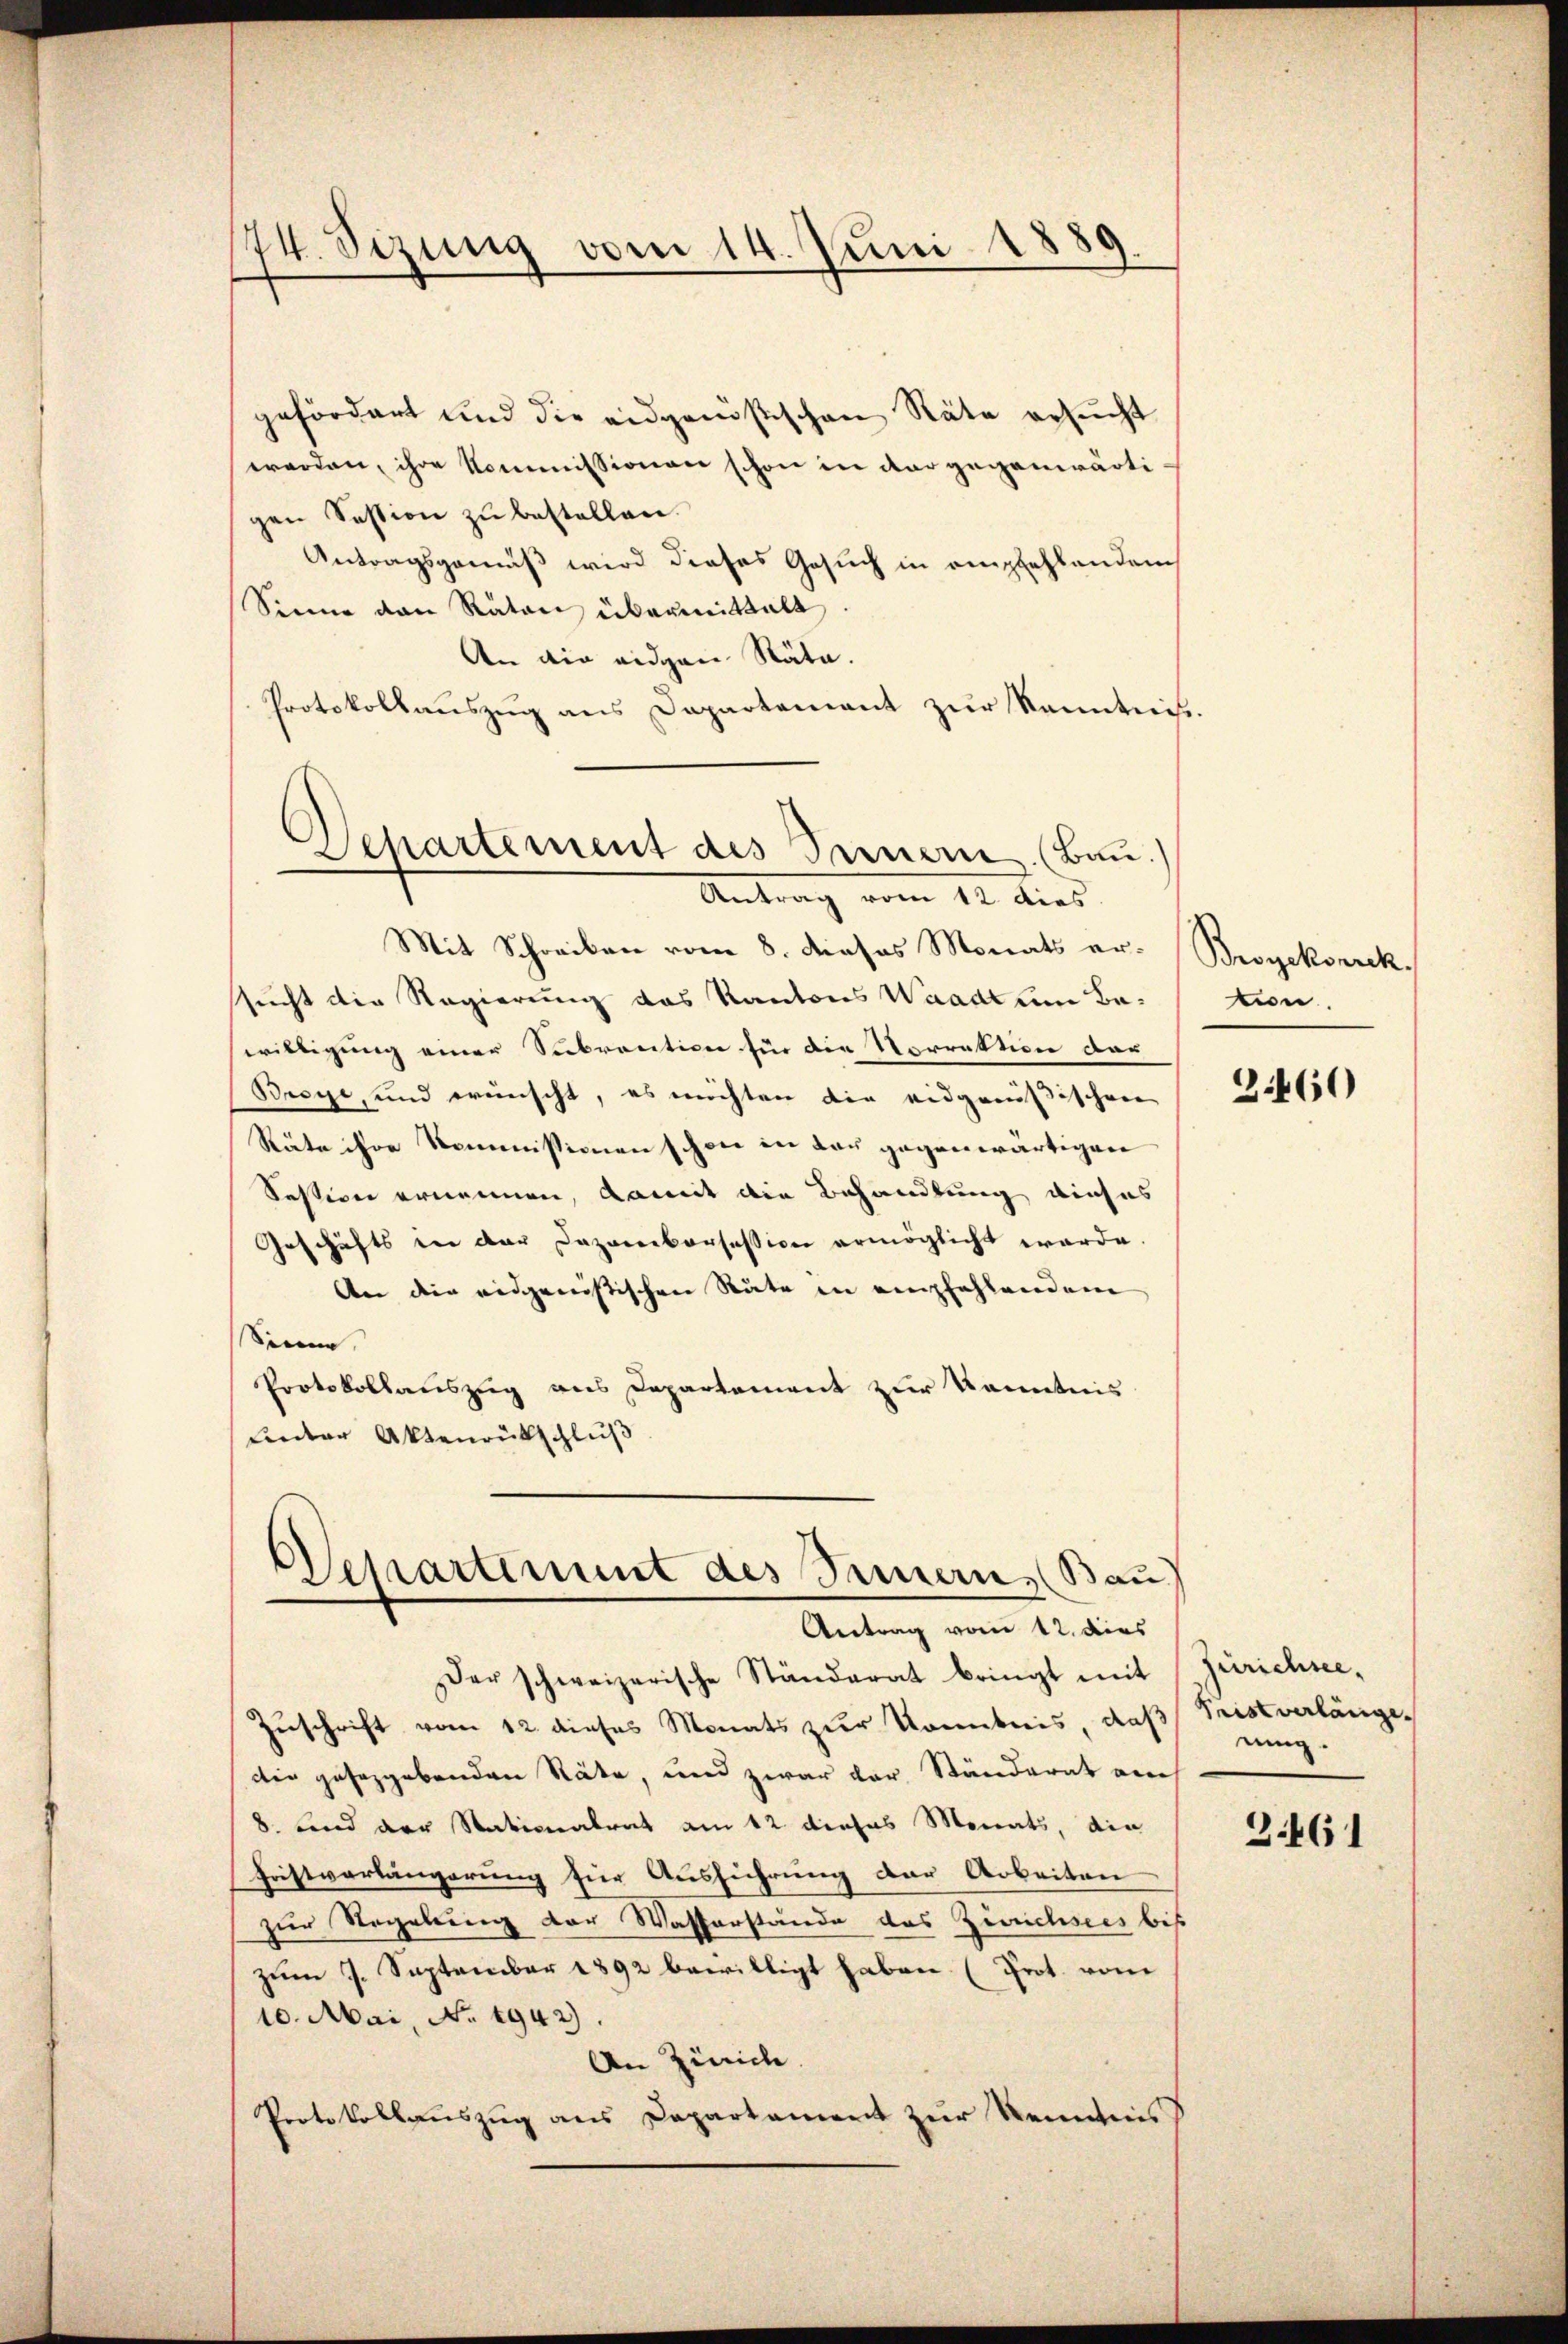
174. Sezung vom 14. Juni 1880

gefördert und die eidgenößischen Räte ersucht
werden, ihre Kommissionen schon in dar gegenwärtigen Session zu bestellen.
Antragsgemäß wird dieses Gesuch in empfehlenden
Sinne von Räten übermittalt
An die eidgen Räte.
Protokollauszug aus Dapartement zur Kenntnis.
Mit Schreiben vom 8. dieses Monats er-Broyeksnrck.
sucht die Regierung des Kantons Waadt um Bawilligung einer Subvention für die Vorrektion der
Broye, und wünscht, es möchten die eidgenößischen
Räte ihre Kommissionen schon in der gegenwärtigen
Session ernennen, damit die Behandlung dieses
Geschäfts in der Dazamborsession ermöglicht werde.
An die eidgeristischen Stäte in empfehlendem
Sinne
Protokollauszug aus Departement zur Kenntnis
unter Aktenrückschluß

Departement des Innern. (Bau.)
Antrag vom 12. dies

Departement des Sinnern, Bau
Antrag vom 12. dies

Der schweizerische Ständerat bringt mit
Zuschrift vom 12. dieses Monats zur Kontreis, daß Seist verlänge.
die gesetzgebenden Räte, und zwar der Ständerat auch
8. und der Nationalrat am 12 dieses Monats, die
Fristverlängerung für Ausführung der Arbeiten
zur Regelung der Wasserstände das Zürichsees bis
zum 7. September 1892 bewilligt haben (Prot. vom
10. Mai, No. 1942).
An Zürich.
Protokollauszug aus Departament zur Kenntnis

tun.

3460

Zürichsee,
ning.

3.461